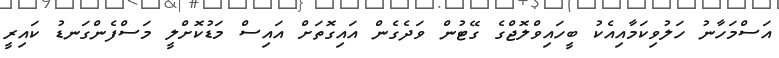
އަސްމަހާނު ހަލުވިކަމާއިއެކު ބީހައިވްލޮޖްގެ ގޭޓުން ވަދެގެން އައިގޮތަށް އައިސް މަޑުކޮށްލީ މަސްފެންގަނޑު ކައިރީ